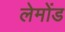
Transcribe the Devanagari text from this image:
लेमोंड